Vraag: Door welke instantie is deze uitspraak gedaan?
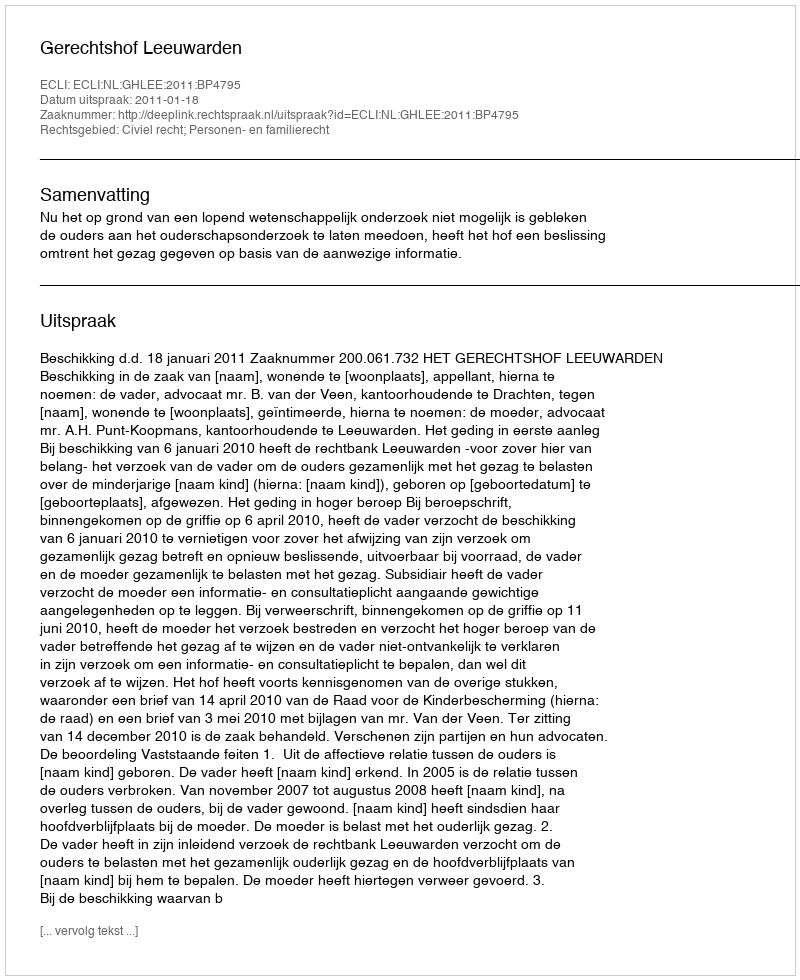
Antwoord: Gerechtshof Leeuwarden